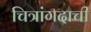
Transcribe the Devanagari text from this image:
चित्रांगदाची